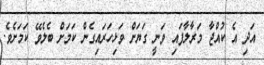
އަދި އެ ކުއްޖާ މަރާލާފައި ވަނީ ގަޔަށް ވަޅިހަރައިގެން ކަމަށް ބެލެވޭ ކަމަށެވެ.